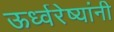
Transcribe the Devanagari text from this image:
ऊर्ध्वरेष्यांनी